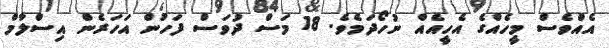
އެއްވެސް މީހެއްގެ އެހީއެއް ނުހޯދަމެވެ. 18 މަސް ދުވަސް ފަހުން އަހަރެން އިސްލާމް